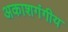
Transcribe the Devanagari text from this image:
अकाशगंगीय